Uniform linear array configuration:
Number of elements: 4
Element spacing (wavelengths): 1
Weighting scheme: kaiser
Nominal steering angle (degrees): -15
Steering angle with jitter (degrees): -14.926
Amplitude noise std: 0.05
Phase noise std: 0.05

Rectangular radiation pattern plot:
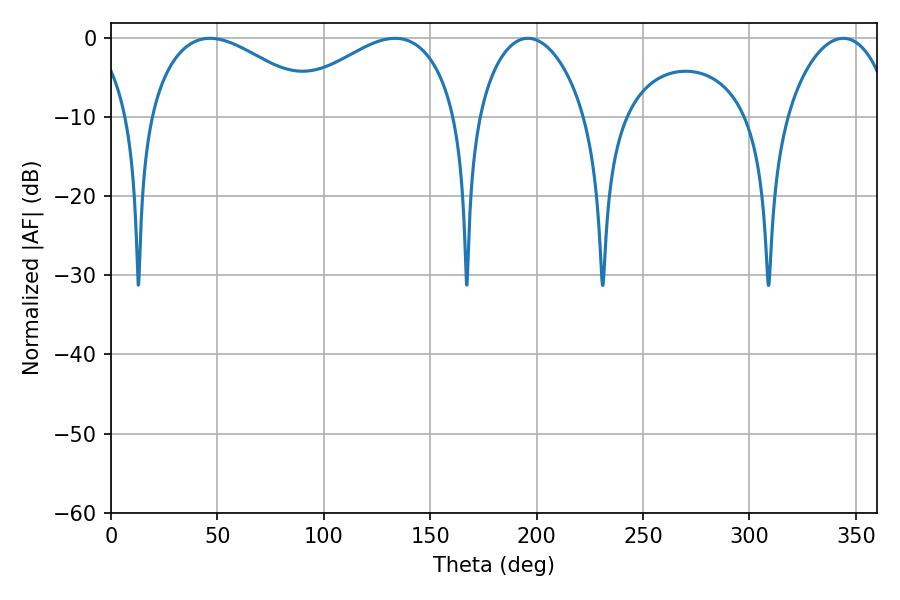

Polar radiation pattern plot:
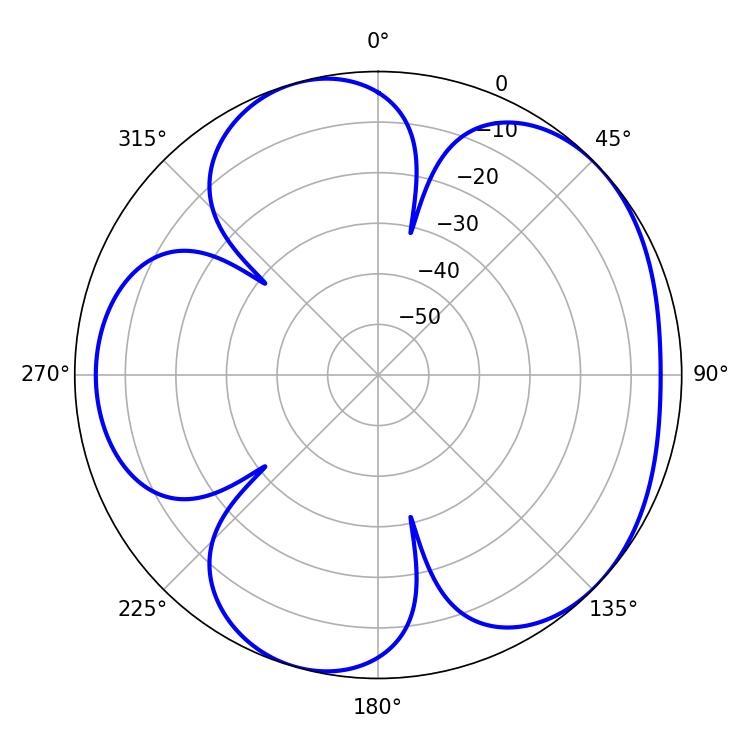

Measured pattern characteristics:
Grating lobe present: TRUE
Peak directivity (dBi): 4.852
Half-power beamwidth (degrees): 45
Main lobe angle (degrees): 46.62